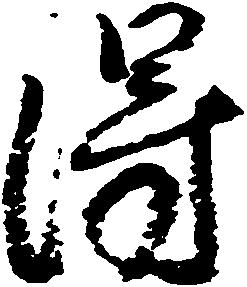
得